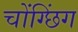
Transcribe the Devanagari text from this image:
चोंग्छिंग